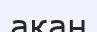
ақан